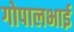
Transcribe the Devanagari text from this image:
गोपालभाई